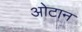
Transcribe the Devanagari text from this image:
ओटान